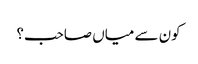
کون سے میاں صاحب؟